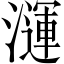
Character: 𪷦